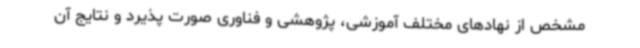
مشخص از نهادهای مختلف آموزشی، پژوهشی و فناوری صورت پذیرد و نتایج آن